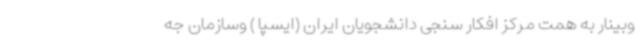
وبینار به همت مرکز افکار سنجی دانشجویان ایران (ایسپا ) وسازمان جه